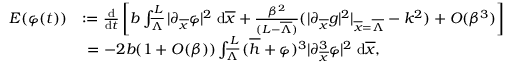
\begin{array} { r l } { E ( \varphi ( t ) ) } & { : = \frac { \mathrm { d } } { \mathrm { d } t } \left[ b \int \displaylimits _ { \overline { { \Lambda } } } ^ { L } { | \partial _ { \overline { { x } } } \varphi | ^ { 2 } \; \mathrm { d } \overline { { x } } + \frac { \beta ^ { 2 } } { ( L - \overline { { \Lambda } } ) } ( | \partial _ { \overline { { x } } } g | ^ { 2 } | _ { \overline { { x } } = \overline { { \Lambda } } } - k ^ { 2 } ) + O ( \beta ^ { 3 } ) } \right] } \\ & { \ = - 2 b ( 1 + O ( \beta ) ) \int \displaylimits _ { \overline { { \Lambda } } } ^ { L } { ( \overline { { h } } + \varphi ) ^ { 3 } | \partial _ { \overline { { x } } } ^ { 3 } \varphi | ^ { 2 } \; \mathrm { d } \overline { { x } } } , } \end{array}